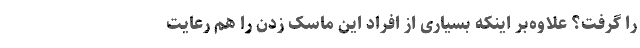
را گرفت؟ علاوه‌بر اینکه بسیاری از افراد این ماسک زدن را هم رعایت